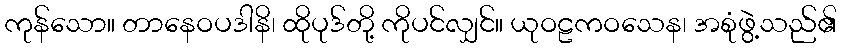
ကုန်သော။ တာနေဝပဒါနိ၊ ထိုပုဒ်တို့ ကိုပင်လျှင်။ ယုဝဠကဝသေန၊ အစုံဖွဲ့သည်၏